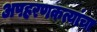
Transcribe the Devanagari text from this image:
अपहरणकत्यांचा